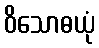
ဝိသောဓယုံ